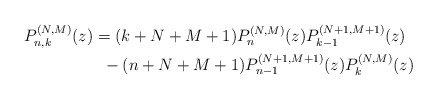
\begin{gather*} P_{n,k}^{(N,M) }(z) = ( k+N+M+1 ) P_{n}^{(N,M) }(z) P_{k-1}^{( N+1,M+1) }(z) \\\hphantom{P_{n,k}^{(N,M) }(z) =}{} - ( n+N+M+1 ) P_{n-1}^{( N+1,M+1) }(z) P_{k}^{(N,M) }(z)\end{gather*}